Report on sanitation, dispensaries, and jails in Rajputana for 1918, and on vaccination for the year 1918-1919 - 1918-1919
Year: 1918
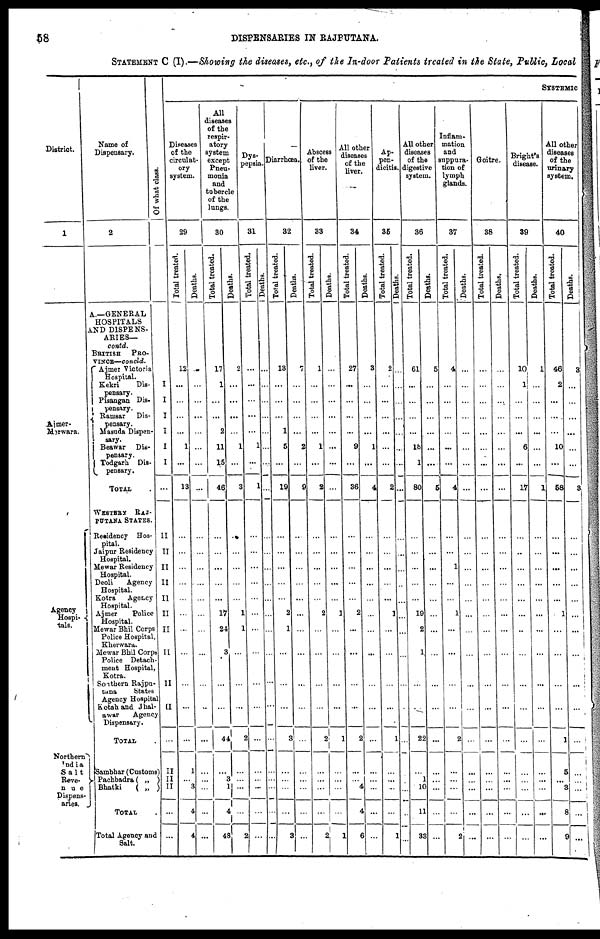
58
DISPENSARIES IN RAJPUTANA.
STATEMENT C (I).—Showing the diseases, etc., of the In-door Patients treated in the State, Public, Local
District.
1
Ajmer-
Merwara.
Agency
Hospi-
tals.
Northern
India
Salt
Reve¬
nue
Dispens-
aries.
Name of
Dispensary.
2
A.—GENERAL
HOSPITALS
AND DISPENS-
ARIES—
contd.
BRITISH PRO-
VINCE—concld.
Ajmer Victoria
Hospital.
Kekri
Dis-
pensary.
Pisangan Dis-
pensary.
Ramsar Dis-
pensary.
Masuda Dispen-
sary.
Beawar Dis-
pensary.
Todgarh Dis-
pensary.
TOTAL .
WESTERN RAJ-
PUTANA STATES.
Residency Hos-
pital.
Jaipur Residency
Hospital.
Mewar Residency
Hospital.
Deoli Agency
Hospital.
Kotra Agency
Hospital.
Ajmer Police
Hospital.
Mewar Bhil Corps
Police Hospital,
Kherwara.
Mewar Bhil Corps
Police Detach-
ment Hospital,
Kotra.
Southern Rajpu-
tana States
Agency Hospital
Kotah and Jhal-
awar Agency
Dispensary.
TOTAL .
Sambhar (Customs)
Pachbadra( „ )
Bhatki
( „ )
TOTAL .
Total Agency and
Salt.
Of what class.
I
I
I
I
I
I
...
II
II
II
II
II
II
II
II
II
II
...
II
II
II
...
...
SYSTEMIC
Diseases
of the
circulat-
ory
system.
29
Total treated.
12
...
...
...
...
1
...
13
...
...
...
...
...
...
...
...
...
...
...
1
...
3
4
4
Deaths.
...
...
...
...
...
...
...
...
...
...
...
...
...
...
...
...
...
...
...
...
...
...
...
...
All
diseases
of the
respir-
atory
system
except
Pneu-
monia
and
tubercle
of the
lungs.
30
Total treated.
17
1
...
...
2
11
15
46
...
...
...
...
...
17
24
3
...
...
44
...
3
1
4
48
Deaths.
2
...
...
...
...
1
...
3
...
...
...
...
...
1
1
...
...
...
2
...
...
...
...
2
Dys¬
pepsia.
31
Total treated.
...
...
...
...
...
1
...
1
...
...
...
...
...
...
...
...
...
...
...
...
...
...
...
...
Deaths.
...
...
...
...
...
...
...
...
...
...
...
...
...
...
...
...
...
...
...
...
...
...
...
...
Diarrhœa.
32
Total treated.
13
...
...
...
1
5
...
19
...
...
...
...
...
2
1
...
...
...
3
...
...
...
...
3
Deaths.
7
...
...
...
...
2
...
9
...
...
...
...
...
...
...
...
...
...
...
...
...
...
...
...
Abscess
of the
liver.
33
Total treated.
1
...
...
...
...
1
...
2
...
...
...
...
...
2
...
...
...
...
2
...
...
...
...
2
Deaths.
...
...
...
...
...
...
...
...
...
...
...
...
...
1
...
...
...
...
1
...
...
...
...
1
All other
diseases
of the
liver.
34
Total treated.
27
...
...
...
...
9
...
36
...
...
...
...
...
2
...
...
...
...
2
...
...
4
4
6
Deaths.
3
...
...
...
...
1
...
4
...
...
...
...
...
...
...
...
...
...
...
...
...
...
...
...
Ap-
pen-
dicitis.
35
Total treated.
2
...
...
...
...
...
...
2
...
...
...
...
...
1
...
...
...
...
1
...
...
...
...
1
Deaths.
...
...
...
...
...
...
...
...
...
...
...
...
...
...
...
...
...
...
...
...
...
...
...
...
All other
diseases
of the
digestive
system.
36
Total treated.
61
...
...
...
...
18
1
80
...
...
...
...
...
19
2
1
...
...
22
...
1
10
11
33
Deaths.
5
...
...
...
...
...
...
5
...
...
...
...
...
...
...
...
...
...
...
...
...
...
...
...
Inflam-
mation
and
suppura-
tion of
lymph
glands.
37
Total treated.
4
...
...
...
...
...
...
4
...
...
1
...
...
1
...
...
...
...
2
...
...
...
...
2
Deaths.
...
...
...
...
...
...
...
...
...
...
...
...
...
...
...
...
...
...
...
...
...
...
...
...
Goitre.
38
Total treated.
...
...
...
...
...
...
...
...
...
...
...
...
...
...
...
...
...
...
...
...
...
...
...
...
Deaths.
...
...
...
...
...
...
...
...
...
...
...
...
...
...
...
...
...
...
...
...
...
...
...
...
Bright's
disease.
39
Total treated.
10
1
...
...
...
6
...
17
...
...
...
...
...
...
...
...
...
...
...
...
...
...
...
...
Deaths.
1
...
...
...
...
...
...
1
...
...
...
...
...
...
...
...
...
...
...
...
...
...
...
...
All other
diseases
of the
urinary
system.
40
Total treated.
46
2
...
...
...
10
...
58
...
...
...
...
...
1
...
...
...
...
1
5
...
3
8
9
Deaths.
3
...
...
...
...
...
...
3
...
...
...
...
...
...
...
...
...
...
...
...
...
...
...
...